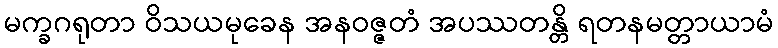
မက္ခဂရုတာ ဝိသယမုခေန အနဝဇ္ဇတံ အပဿတန္တိ ရတနမတ္တာယာမံ